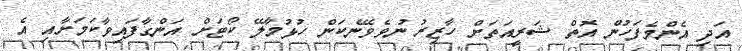
އަދި އެންމެފަހުން އޮތް ޝަރީއަތަށް ހާޒިރު ނުވެވޭނެކަން ހުޅުމާލޭ ކޯޓަށް އަންގާފައިވާކަމަށާއި އެ